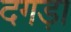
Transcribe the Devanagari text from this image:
दगड़ा